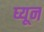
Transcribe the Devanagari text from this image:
घ्यून